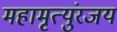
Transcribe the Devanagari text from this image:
महामृत्युंरजय